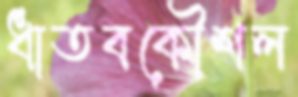
ধাতবকৌশল